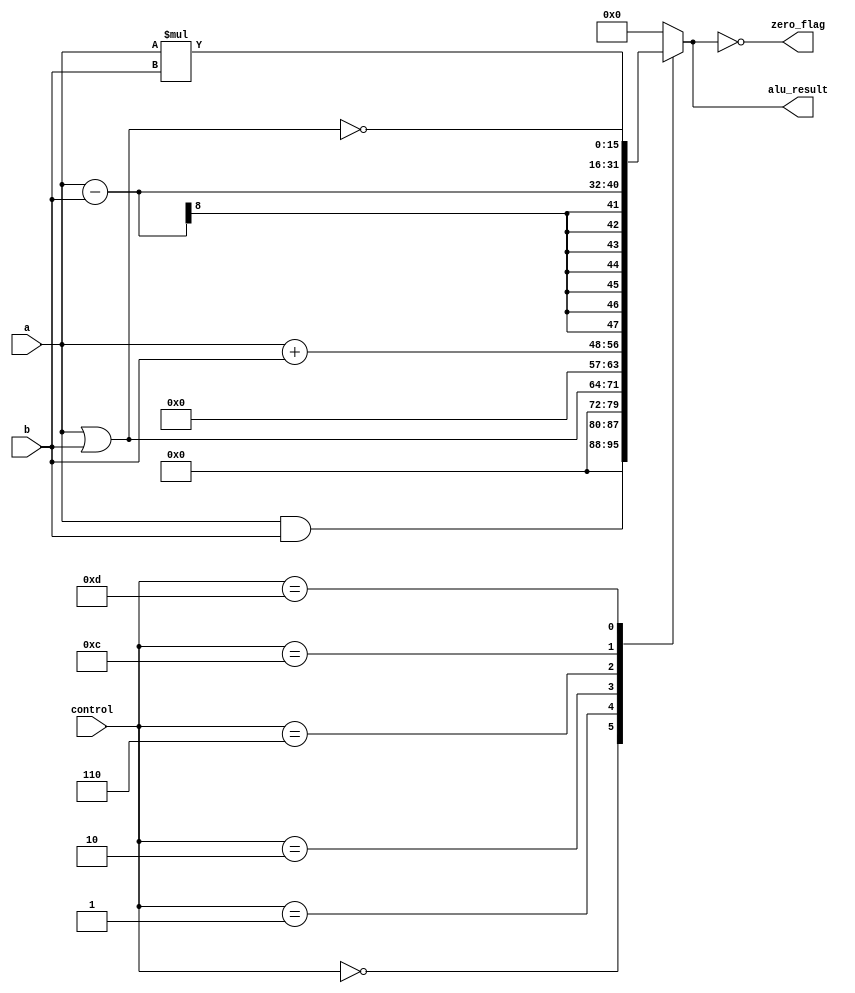
`timescale 1ns / 1ps

module alu (
    output reg [15:0] alu_result,
    output reg zero_flag = 0,
   
    input [7:0] a, b,
    input [3:0] control
);

    always@(*) begin
        
        case (control)
            4'b0000: alu_result <= a & b;   
            4'b0001: alu_result <= a | b;
            4'b0010: alu_result <= a + b;
            4'b0110: alu_result <= a - b;
            4'b1100: alu_result <= ~(a | b); 
            4'b1101: alu_result <= a * b;
            default: alu_result <= 0;
        endcase

        zero_flag = (alu_result == 0);
    end
endmodule